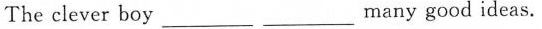
The clever boy ___ ___ many good ideas.